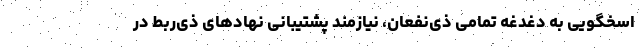
اسخگویی به دغدغه تمامی ذی‌نفعان، نیازمند پشتیبانی نهادهای ذی‌ربط در